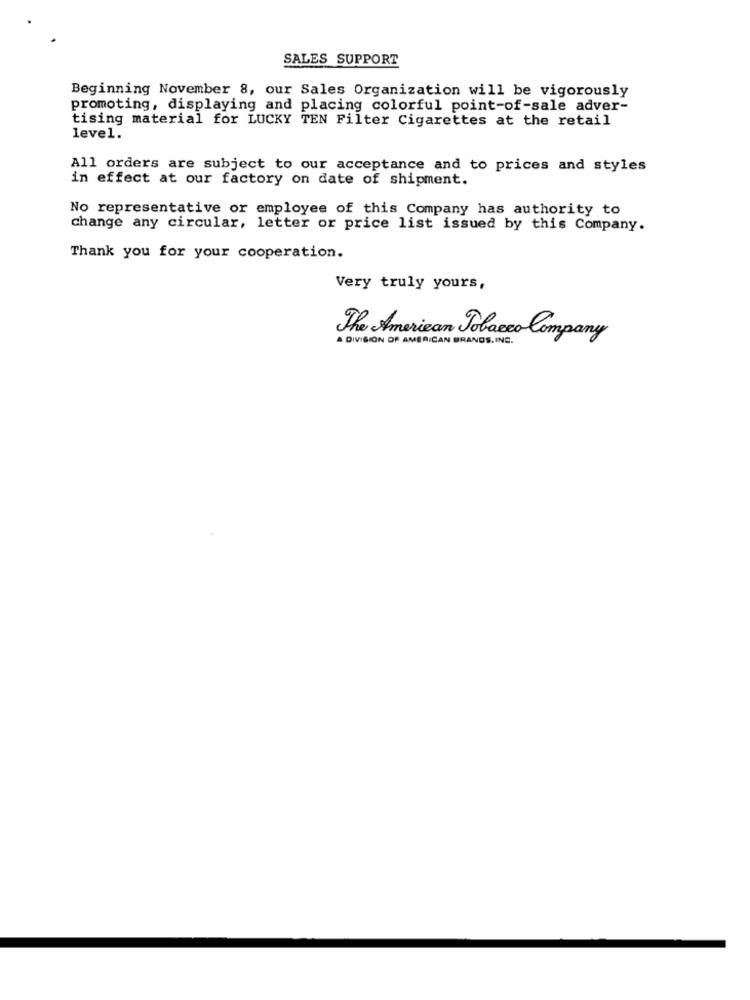
SALES SUPPORT
Beginning November 8, our Sales Organization will be vigorously
promoting, displaying and placing colorful point-of-sale adver-
tising material for LUCKY TEN Filter Cigarettes at the retail
level.
All orders are subject to our acceptance and to prices and styles
in effect at our factory on date of shipment.
No representative or employee of this Company has authority to
change any circular, letter or price list issued by this Company.
Thank you for your cooperation.
Very truly yours,
A DIVISION OF AMERICAN BRANDS. ING.
The American Tobacco Company